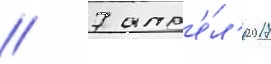
// 7 апр'е́л'я 2017